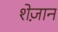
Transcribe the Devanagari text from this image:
शेज़ान